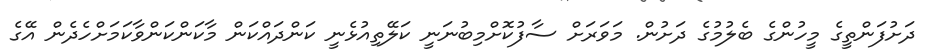
ދަށުފަންތީގެ މީހުންގެ ބެލުމުގެ ދަށުން. މަވަރަށް ސާފުކޮށްމިބުނަނީ ކަލޭތިއުޅެނީ ކަންދައްކަން މާކަންކަންވާކަމަށްހެދެން އޭގެ